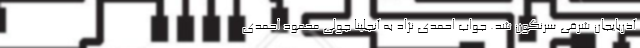
آذربایجان شرقی سرنگون شد. جواب احمدی نژاد به آنجلینا جولی محمود احمدی